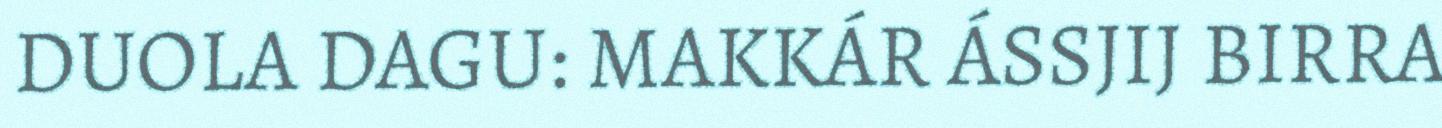
DUOLA DAGU: MAKKÁR ÁSSJIJ BIRRA